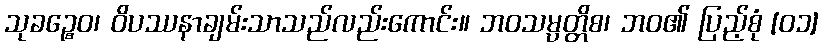
သုခဉ္စေဝ၊ ဝိပဿနာချမ်းသာသည်လည်းကောင်း။ ဘဝသမ္ပတ္တိစ၊ ဘဝ၏ ပြည့်စုံ [၀၁]